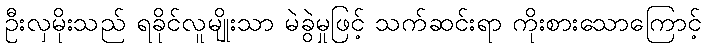
ဦးလှမိုးသည် ရခိုင်လူမျိုးသာ မဲခွဲမှုဖြင့် သက်ဆင်းရာ ကိုးစားသောကြောင့်